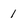
Character: 1